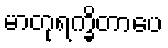
မာတုရက္ခိတာပေ